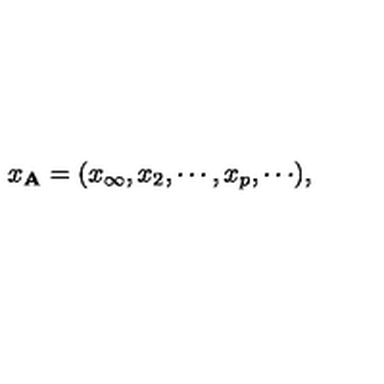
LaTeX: x _ { { \bf A } } = ( x _ { \infty } , x _ { 2 } , \cdots , x _ { p } , \cdots ) ,